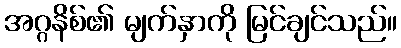
အဂ္ဂနိစ်၏ မျက်နှာကို မြင်ချင်သည်။